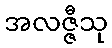
အလဇ္ဇီသု